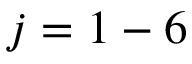
j = 1 - 6